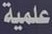
علمية